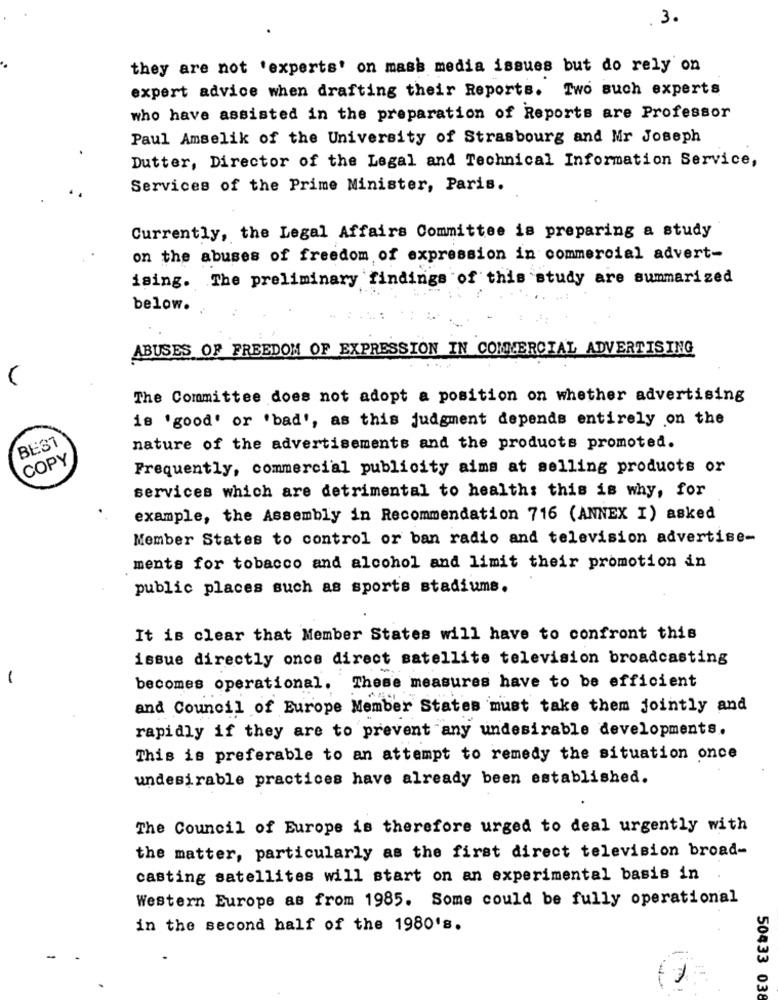
3.
they are not 'experts' on mass media issues but do rely on
expert advice when drafting their Reports. Two such experts
who have assisted in the preparation of Reports are Professor
Paul Amselik of the University of Strasbourg and Mr Joseph
Dutter, Director of the Legal and Technical Information Service,
Services of the Prime Minister, Paris.
Currently, the Legal Affairs Committee is preparing a study
on the abuses of freedom of expression in commercial advert-
ising. The preliminary findings of this study are summarized
below.
ABUSES OF FREEDOM OF EXPRESSION IN COMMERCIAL ADVERTISING
The Committee does not adopt a position on whether advertising
is 'good' or 'bad', as this judgment depends entirely on the
BEST
nature of the advertisements and the products promoted.
COPY
Frequently, commercial publicity aims at selling products or
services which are detrimental to health: this is why, for
example, the Assembly in Recommendation 716 (ANNEX I) asked
Member States to control or ban radio and television advertise-
ments for tobacco and alcohol and limit their promotion in
public places such as sports stadiums.
It is clear that Member States will have to confront this
issue directly once direct satellite television broadcasting
-
becomes operational. These measures have to be efficient
and Council of Europe Member States must take them jointly and
rapidly if they are to prevent any undesirable developments.
This is preferable to an attempt to remedy the situation once
undesirable practices have already been established.
The Council of Europe is therefore urged to deal urgently with
the matter, particularly as the first direct television broad-
casting satellites will start on an experimental basis in
Western Europe as from 1985. Some could be fully operational
in the second half of the 1980's.
50433 038